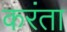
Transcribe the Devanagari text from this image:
करंता